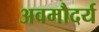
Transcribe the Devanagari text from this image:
अवमौदर्य